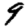
Digit: 9